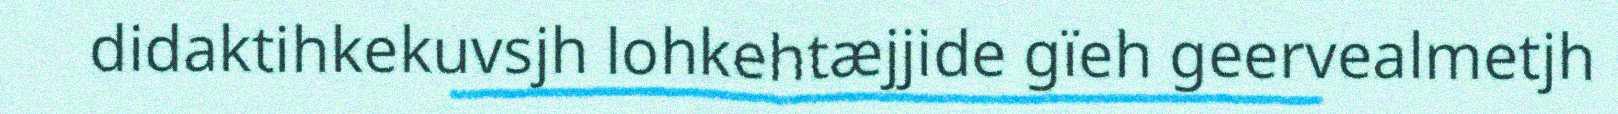
didaktihkekuvsjh lohkehtæjjide gïeh geervealmetjh